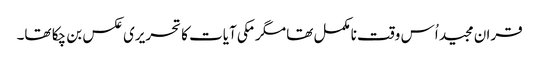
قران مجید اُس وقت نامکمل تھا مگرمکی آیات کا تحریری عکس بن چکا تھا۔